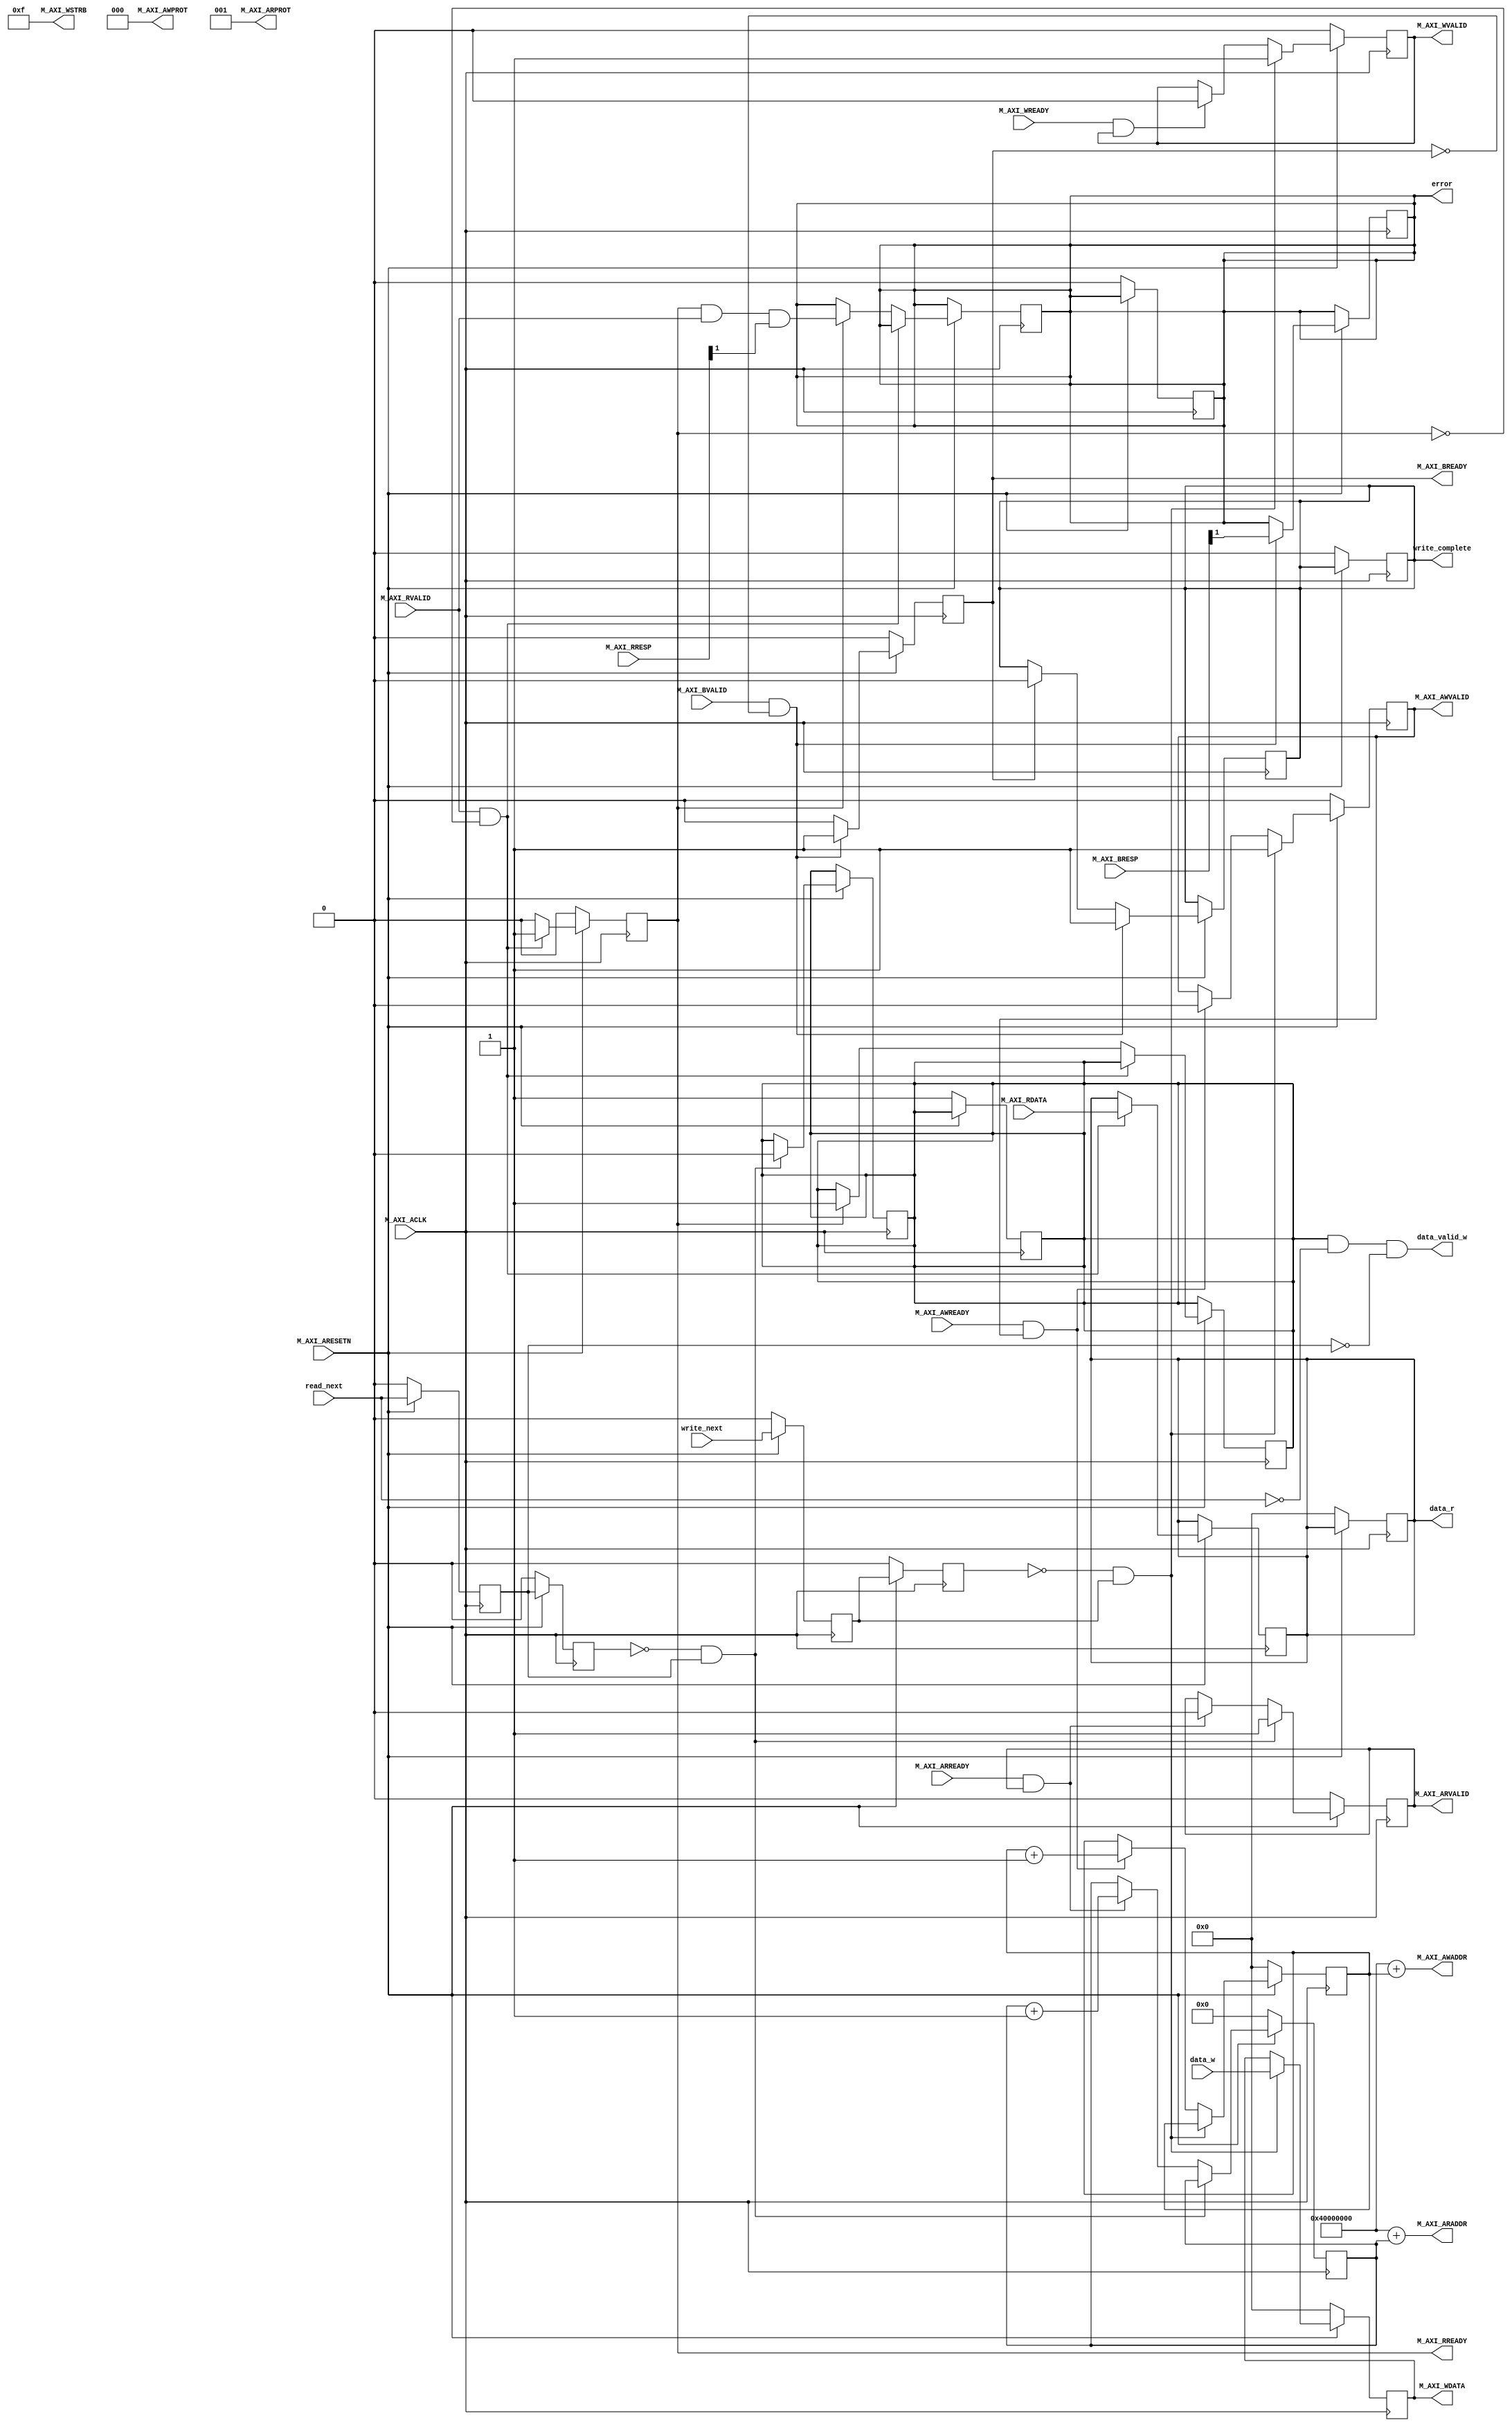
`timescale 1 ns / 1 ps

/*  Master for an axi-lite memory interface.
    Sample Timing Diagram:
    (input)     read_next   |___---___________________________------___
    (output)    data_valid  |---__________________------------_________
    (output)    data        |---xxxxxxxxxxxxxxxxxx------------xxxxxxxxx
    (output)    error       |__________________________________________

    Note: Converts read_next to a pulse
*/
module sequential_read_axi_lite_master_v2_0_M00_AXI #
(
    // Users to add parameters here

    // User parameters ends
    // Do not modify the parameters beyond this line

    // The master will start generating data from the C_M_START_DATA_VALUE value
    parameter C_M_START_DATA_VALUE = 32'hAA000000,
    // The master requires a target slave base address.
    // The master will initiate read and write transactions on the slave with
    // base address specified here as a parameter.
    parameter C_M_TARGET_SLAVE_BASE_ADDR = 32'h40000000,
    // Width of M_AXI address bus.
    // The master generates the read and write addresses of width specified as
    // C_M_AXI_ADDR_WIDTH.
    parameter integer C_M_AXI_ADDR_WIDTH = 32,
    // Width of M_AXI data bus.
    // The master issues write data and accept read data where the width of the
    // data bus is C_M_AXI_DATA_WIDTH
    parameter integer C_M_AXI_DATA_WIDTH = 32,

	parameter integer ADDR_SIZE_WIDTH = 13
)
(
    // Users to add ports here
    input wire read_next,
	output wire data_valid_w,
    output reg [C_M_AXI_DATA_WIDTH - 1 : 0] data_r,
	output reg error,

	input wire write_next,
	input wire [C_M_AXI_DATA_WIDTH - 1 : 0] data_w,
	output reg write_complete,
    // User ports ends
    // Do not modify the ports beyond this line

    // AXI clock signal
    input wire M_AXI_ACLK,
    // AXI active low reset signal
    input wire M_AXI_ARESETN,
    // Master Interface Write Address Channel ports. Write address (issued by
    // master)
    output wire [C_M_AXI_ADDR_WIDTH - 1 : 0] M_AXI_AWADDR,
    // Write channel Protection type.
    // This signal indicates the privilege and security level of the
    // transaction, and whether the transaction is a data access or an
    // instruction access.
    output wire [2 : 0] M_AXI_AWPROT,
    // Write address valid.
    // This signal indicates that the master signaling valid write address and
    // control information.
    output wire M_AXI_AWVALID,
    // Write address ready.
    // This signal indicates that the slave is ready to accept an address and
    // associated control signals.
    input wire M_AXI_AWREADY,
    // Master Interface Write Data Channel ports. Write data (issued by master)
    output wire [C_M_AXI_DATA_WIDTH - 1 : 0] M_AXI_WDATA,
    // Write strobes.
    // This signal indicates which byte lanes hold valid data.
    // There is one write strobe bit for each eight bits of the write data bus.
    output wire [C_M_AXI_DATA_WIDTH / 8 - 1 : 0] M_AXI_WSTRB,
    // Write valid. This signal indicates that valid write data and strobes are
    // available.
    output wire M_AXI_WVALID,
    // Write ready. This signal indicates that the slave can accept the write
    // data.
    input wire M_AXI_WREADY,
    // Master Interface Write Response Channel ports.
    // This signal indicates the status of the write transaction.
    input wire [1 : 0] M_AXI_BRESP,
    // Write response valid.
    // This signal indicates that the channel is signaling a valid write
    // response
    input wire M_AXI_BVALID,
    // Response ready. This signal indicates that the master can accept a write
    // response.
    output wire M_AXI_BREADY,
    // Master Interface Read Address Channel ports. Read address (issued by
    // master)
    output wire [C_M_AXI_ADDR_WIDTH - 1 : 0] M_AXI_ARADDR,
    // Protection type.
    // This signal indicates the privilege and security level of the
    // transaction, and whether the transaction is a data access or an
    // instruction access.
    output wire [2 : 0] M_AXI_ARPROT,
    // Read address valid.
    // This signal indicates that the channel is signaling valid read address
    // and control information.
    output wire M_AXI_ARVALID,
    // Read address ready.
    // This signal indicates that the slave is ready to accept an address and
    // associated control signals.
    input wire M_AXI_ARREADY,
    // Master Interface Read Data Channel ports. Read data (issued by slave)
    input wire [C_M_AXI_DATA_WIDTH - 1 : 0] M_AXI_RDATA,
    // Read response. This signal indicates the status of the read transfer.
    input wire [1 : 0] M_AXI_RRESP,
    // Read valid. This signal indicates that the channel is signaling the
    // required read data.
    input wire M_AXI_RVALID,
    // Read ready. This signal indicates that the master can accept the read
    // data and response information.
    output wire M_AXI_RREADY
);

	// function called clogb2 that returns an integer which has the
	// value of the ceiling of the log base 2

	function integer clogb2(input integer bit_depth);
	begin for (clogb2 = 0; bit_depth > 0; clogb2 = clogb2 + 1) bit_depth =
		bit_depth >> 1;
	end
	endfunction

	// AXI4LITE signals
	// write address valid
	reg axi_awvalid;
	// write data valid
	reg axi_wvalid;
	// read address valid
	reg axi_arvalid;
	// read data acceptance
	reg axi_rready;
	// write response acceptance
	reg axi_bready;
	// write address
	reg [C_M_AXI_ADDR_WIDTH - 1:0] axi_awaddr;
	// write data
	reg [C_M_AXI_DATA_WIDTH - 1:0] axi_wdata;
	// read addresss
	reg [ADDR_SIZE_WIDTH - 1:0] axi_araddr;
	// Asserts when there is a read response error
	wire read_resp_error;

	// Registers
	reg data_valid;
	reg start_read_ff;
	reg start_read_ff2;
	wire start_single_read;

	reg start_write_ff;
	reg start_write_ff2;
	wire start_single_write;


	// Example design I/O
	assign start_single_read = (!start_read_ff2) && start_read_ff;

	assign start_single_write = (!start_write_ff2) && start_write_ff;

	assign data_valid_w = data_valid & !read_next & !start_read_ff;

	// I/O Connections assignments
	// Adding the offset address to the base addr of the slave
	assign M_AXI_AWADDR = C_M_TARGET_SLAVE_BASE_ADDR + axi_awaddr;
	// AXI 4 write data
	assign M_AXI_WDATA = axi_wdata;
	assign M_AXI_AWPROT = 3'b000;
	assign M_AXI_AWVALID = axi_awvalid;
	// Write Data(W)
	assign M_AXI_WVALID = axi_wvalid;
	// Set all byte strobes in this example
	assign M_AXI_WSTRB = 4'b1111;
	// Write Response (B)
	assign M_AXI_BREADY = axi_bready;
	// Read Address (AR)
	assign M_AXI_ARADDR = C_M_TARGET_SLAVE_BASE_ADDR + axi_araddr;
	assign M_AXI_ARVALID = axi_arvalid;
	assign M_AXI_ARPROT = 3'b001;
	// Read and Read Response (R)
	assign M_AXI_RREADY = axi_rready;

	// Reset Output Signals
	always @(posedge M_AXI_ACLK) begin
		if (M_AXI_ARESETN == 0) begin
			data_valid <= 1'b1;
			data_r <= 0;
			error <= 1'b0;
			write_complete <= 1'b0;
		end
	end

	// Generate a pulse to initiate AXI transaction.
	always @(posedge M_AXI_ACLK) begin
		// Initiates AXI transaction delay
		if (M_AXI_ARESETN == 0) begin
			start_read_ff <= 1'b0;
			start_read_ff2 <= 1'b0;
		end
		else begin
			start_read_ff <= read_next;
			start_read_ff2 <= start_read_ff;
		end
	end

	always @(posedge M_AXI_ACLK) begin
		// Initiates AXI transaction delay
		if (M_AXI_ARESETN == 0) begin
			start_write_ff <= 1'b0;
			start_write_ff2 <= 1'b0;
		end
		else begin
			start_write_ff <= write_next;
			start_write_ff2 <= start_write_ff;
		end
	end

	//--------------------
	// Write Address Channel
	//--------------------

	// The purpose of the write address channel is to request the address and
	// command information for the entire transaction.  It is a single beat
	// of information.

	// Note for this example the axi_awvalid/axi_wvalid are asserted at the same
	// time, and then each is deasserted independent from each other.
	// This is a lower-performance, but simplier control scheme.

	// AXI VALID signals must be held active until accepted by the partner.

	// A data transfer is accepted by the slave when a master has
	// VALID data and the slave acknoledges it is also READY. While the master
	// is allowed to generated multiple, back-to-back requests by not
	// deasserting VALID, this design will add rest cycle for
	// simplicity.

	// Write are nor performed by VGA controller
	always @(posedge M_AXI_ACLK) begin
		// Only VALID signals must be deasserted during reset per AXI spec
		// Consider inverting then registering active-low reset for higher fmax
		if (M_AXI_ARESETN == 0) begin 
			axi_awvalid <= 1'b0;
			axi_awaddr <= 0;
		end
		// Signal a new write address command is available by user logic
		else if (start_single_write) begin
			axi_awvalid <= 1'b1;
		end
		// WAddress accepted by interconnect/slave (issue of M_AXI_AWREADY by slave)
		else if (M_AXI_AWREADY && axi_awvalid) begin
			axi_awvalid <= 1'b0;
			axi_awaddr <= axi_awaddr + 1;
		end
	end

	//--------------------
	// Write Data Channel
	//--------------------

	// The write data channel is for transfering the actual data.
	// The data generation is speific to the example design, and
	// so only the WVALID/WREADY handshake is shown here

	always @(posedge M_AXI_ACLK) begin 
		if (M_AXI_ARESETN == 0) begin 
			axi_wvalid <= 1'b0;
			axi_wdata <= 0;
		end
		else if (start_single_write) begin
			axi_wvalid <= 1'b1;
			axi_wdata <= data_w;
		end
		// WData accepted by interconnect/slave (issue of M_AXI_WREADY by slave)
		else if (M_AXI_WREADY && axi_wvalid) begin
			axi_wvalid <= 1'b0;
		end
	end

	//----------------------------
	// Write Response (B) Channel
	//----------------------------

	// The write response channel provides feedback that the write has committed
	// to memory. BREADY will occur after both the data and the write address
	// has arrived and been accepted by the slave, and can guarantee that no
	// other accesses launched afterwards will be able to be reordered before it.

	// The BRESP bit [1] is used indicate any errors from the interconnect or
	// slave for the entire write burst. This example will capture the error.

	// While not necessary per spec, it is advisable to reset READY signals in
	// case of differing reset latencies between master/slave.

	always @(posedge M_AXI_ACLK) begin
		if (M_AXI_ARESETN == 0) begin
			axi_bready <= 1'b0;
		end
		// accept/acknowledge bresp/bvalid with axi_bready by the master
		// when M_AXI_BVALID is asserted by slave
		else if (M_AXI_BVALID && ~axi_bready) begin
			axi_bready <= 1'b1;
			write_complete <= 1'b1;
			error <= M_AXI_BRESP[1];
		end
		// deassert after one clock cycle
		else if (axi_bready) begin
			axi_bready <= 1'b0;
			write_complete <= 1'b0;
		end
	end

	//----------------------------
	// Read Address Channel
	//----------------------------

	// A new axi_arvalid is asserted when there is a valid read address
	// available by the master. start_single_read triggers a new read
	// transaction
	always @(posedge M_AXI_ACLK) begin
		if (M_AXI_ARESETN == 0) begin
			axi_arvalid <= 1'b0;
			axi_araddr <= 0;
		end
		// Signal a new read address command is available by user logic
		else if (start_single_read) begin
			axi_arvalid <= 1'b1;
			data_valid <= 1'b0;
		end
		// RAddress accepted by interconnect/slave (issue of M_AXI_ARREADY by slave)
		else if (M_AXI_ARREADY && axi_arvalid) begin
			axi_arvalid <= 1'b0;
			axi_araddr <= axi_araddr + 1;
		end
	end

	//--------------------------------
	// Read Data (and Response) Channel
	//--------------------------------

	// The Read Data channel returns the results of the read request
	// The master will accept the read data by asserting axi_rready
	// when there is a valid read data available.
	// While not necessary per spec, it is advisable to reset READY signals in
	// case of differing reset latencies between master/slave.

	always @(posedge M_AXI_ACLK) begin
		if (M_AXI_ARESETN == 0) begin
			axi_rready <= 1'b0;
		end
		// accept/acknowledge rdata/rresp with axi_rready by the master
		// when M_AXI_RVALID is asserted by slave
		else if (M_AXI_RVALID && ~axi_rready) begin
			axi_rready <= 1'b1;
			data_r <= M_AXI_RDATA;
		end
		// deassert after one clock cycle
		else if (axi_rready) begin
			axi_rready <= 1'b0;
			data_valid <= 1'b1;
			error <= read_resp_error;
		end
	end

	// Flag write errors
	assign read_resp_error = (axi_rready & M_AXI_RVALID & M_AXI_RRESP[1]);
endmodule